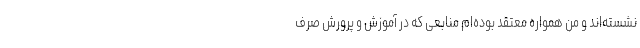
نشسته‌‌اند و من همواره معتقد بوده‌‌ام منابعی که در آموزش و پرورش صرف